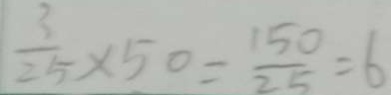
\frac { 3 } { 2 5 } \times 5 0 = \frac { 1 5 0 } { 2 5 } = 6